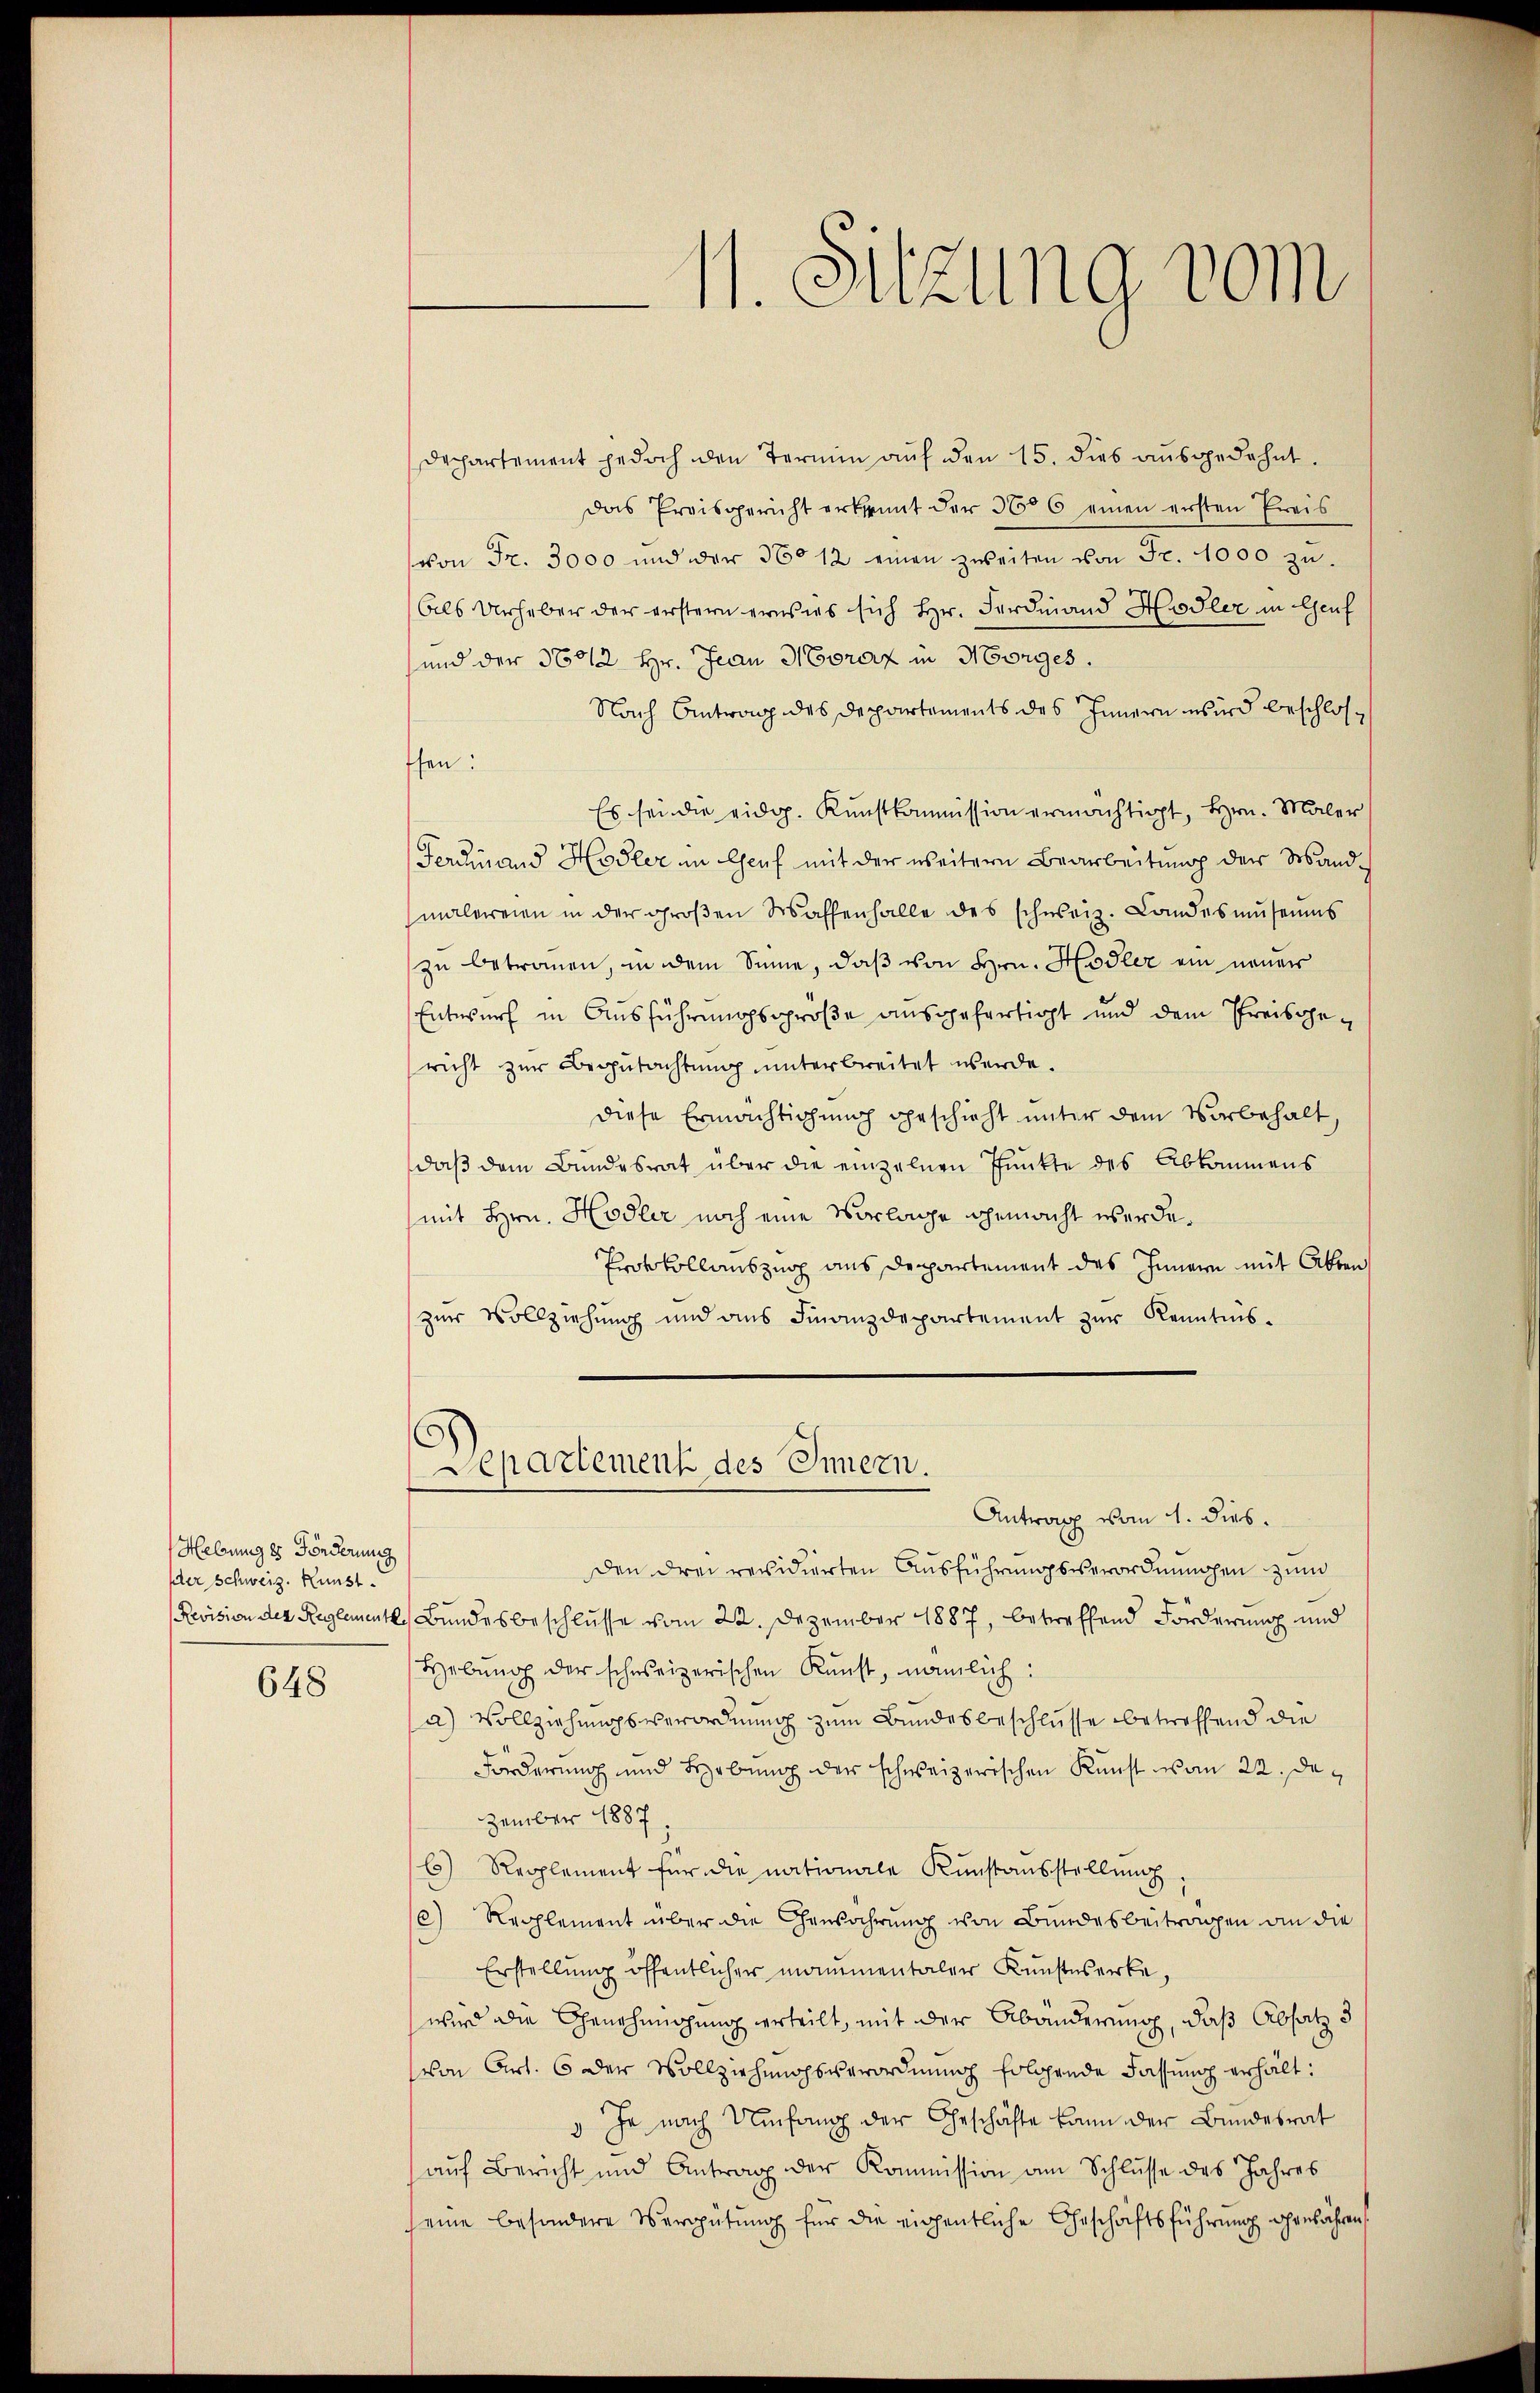
Hebung es Fonderung
ßler Schweiz. Kunst.

648

11. Sitzung vom

Departement jedoch den Termin aŭf den 15. dies aŭsgedehnt.
Das Preisgericht erkraut der 3606 einen ersten Preis
von Fr. 3000 und der 360 12 einen zweiten von Fr. 1000 zu.
Als Urheber der erstern erwies sich Hr. Ferdinand Hodler in Genf
und der 36012 Hr. Jean Moraz in Morges.
Nach Antrag des Departements des Innern wird beschlosffen:
Es sei die eidg. Kunstkommission ermächtigt, Hrn. Maler
Ferdinand Hodler in Genf mit der weitern Bearbeitung der Wand-
malereien in der groβen Waffenhalle des schweiz. Landesmŭseŭms
zu betrauen, in dem Sinne, daß von Hrn. Hodler ein neuer
Entwurf in Ausführungsgröße ausgefertigt und dem Preisgericht zur Begutachtung unterbreitet werde.
diese Ermächtigung geschieht unter dem Vorbehalt,
daß dem Bundesrat über die einzelnen Punkte des Abkommens
(mit Hrn. Hodler noch eine Vorlage gemacht werde.
Protokollauszug aus Departement des Innern mit Aben
zur Vollziehung und ans Finanzdepartement zŭr Kenntnis-
Departement des Innern.
Antrag vom 1. dies.
den drei revidierten Ausführungsverordnungen zum
Revision der Reglement. Bundesbeschlusse vom 22. Dezember 1887, betreffend Forderung und
Hebung der schweizerischen Kunst, nämlich:
a) Vollziehungsverordnung zum Bundesbeschlüsse betreffend die
Forderung und Hebung der schweizerischen Kunst vom 22. de
zember 1887
6) Reglement für die nationale Kunstausstellung
e) Reglement über die Gewahrung von Bundesbeitragen an die
Erstellung öffentlicher monumentaler Kunsteserke,
wird die Genehmigung erteilt, mit der Abänderung, daß Absatz d
von Art. 6 der Vollziehungsverordnung folgende Fassung erhält:
 Je nach Umfang der Geschäfte kann der Bundesrat
auf Bericht und Antrag der Kommission am Schlüsse des Jahres
seine besondere Vergütung für die eigentliche Geschäftsführung genähren